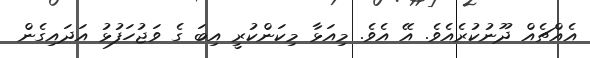
އެއްޗެއް ދޫނުކުރެއެވެ. އޭ އެވެ. މިއަޅާ މިކަންކުރީ އިބަ ގެ ވަޖުހަފުޅު އަދައިގެން